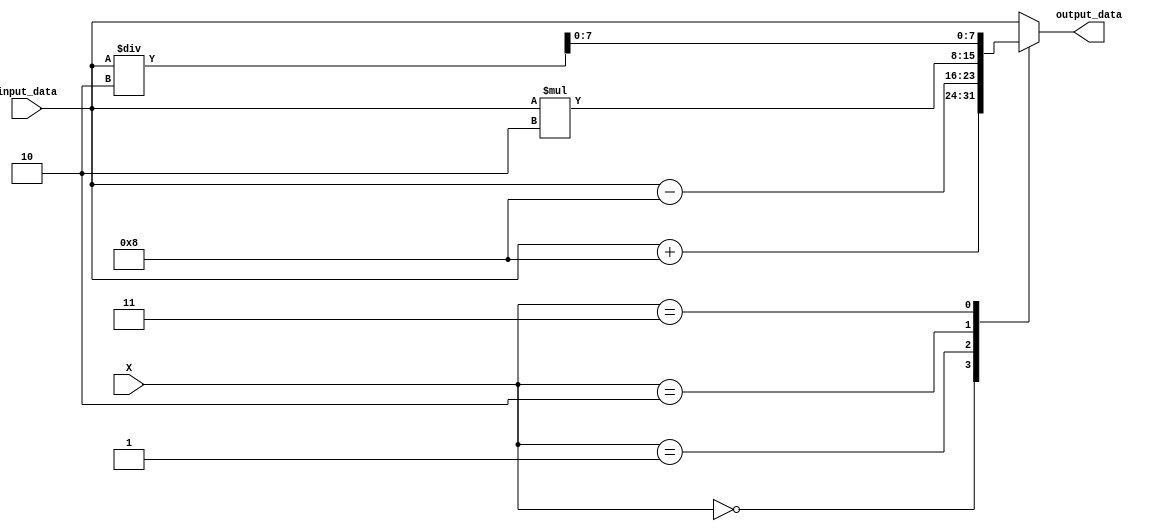
module X_Case_Statement (
    input wire [3:0] X,
    input wire [7:0] input_data,
    output reg [7:0] output_data
);

always @(*) begin
    case(X)
        4'b0000: output_data = input_data + 8;
        4'b0001: output_data = input_data - 8;
        4'b0010: output_data = input_data * 2;
        4'b0011: output_data = input_data / 2;
        default: output_data = input_data;
    endcase
end

endmodule